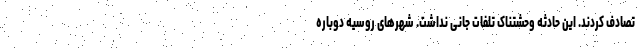
تصادف کردند. این حادثه وحشتناک تلفات جانی نداشت. شهرهای روسیه دوباره